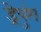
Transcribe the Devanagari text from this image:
ड्रेपुंग